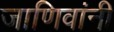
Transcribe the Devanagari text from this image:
जाणिवांनी